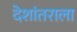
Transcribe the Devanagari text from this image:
देशांतराला